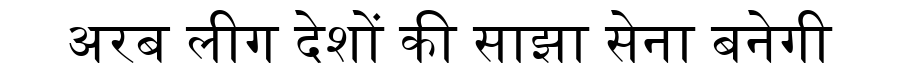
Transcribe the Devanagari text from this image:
अरब लीग देशों की साझा सेना बनेगी